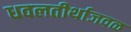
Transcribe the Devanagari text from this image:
धवलतीर्थाजवळ